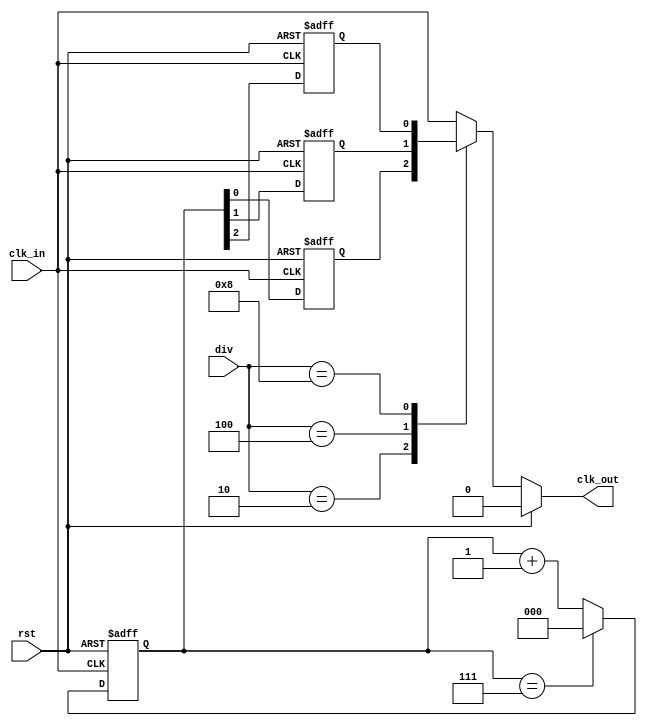
`timescale 1ns / 1ps
//////////////////////////////////////////////////////////////////////////////////
// Company: ccnu
// 
// Design Name: 
// Module Name: Clock_Div
// Project Name: 
// Target Devices: 
// Tool Versions: 
// Description: 
// 
// Dependencies: 
// 
// Revision:
// Revision 0.01 - File Created
// Additional Comments:
// 
//////////////////////////////////////////////////////////////////////////////////


module Clock_Div(
    input clk_in,
    input [3:0] div,
    input rst,
    output reg  clk_out
    );
 reg [2:0] count;
 reg clk_div2;
 reg clk_div4;
 reg clk_div8;
// wire clk_temp;
 
//assign clk_temp=clk_in;
 
 always@(posedge clk_in or posedge rst)
  begin
   if(rst)
    begin
     count<=3'b0;
    end
   else
    begin
     if(count==3'b111)
      begin
       count<=3'b0;
      end
     else
      begin
       count<=count+1'b1;
      end
    end
  end
 
 always@(posedge clk_in or posedge rst)
  begin
   if(rst)
    begin
     clk_div2<=1'b0;
     clk_div4<=1'b0;
     clk_div8<=1'b0;
    end
   else
    begin
     clk_div2<=count[0];
     clk_div4<=count[1];
     clk_div8<=count[2];
    end
  end
  
 always@(div or rst or clk_in or clk_div2 or clk_div4 or clk_div8)
  begin
   if(rst)
    begin
     clk_out=0;
    end
   else
    begin
     case(div)
      4'b0001: clk_out=clk_in;
      4'b0010: clk_out=clk_div2;
      4'b0100: clk_out=clk_div4;
      4'b1000: clk_out=clk_div8;
      default: clk_out=clk_in;
     endcase
    end
  end
endmodule